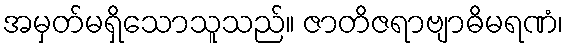
အမှတ်မရှိသောသူသည်။ ဇာတိဇရာဗျာဓိမရဏံ၊